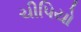
ચીપિયો